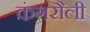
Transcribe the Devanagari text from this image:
कंगरौली